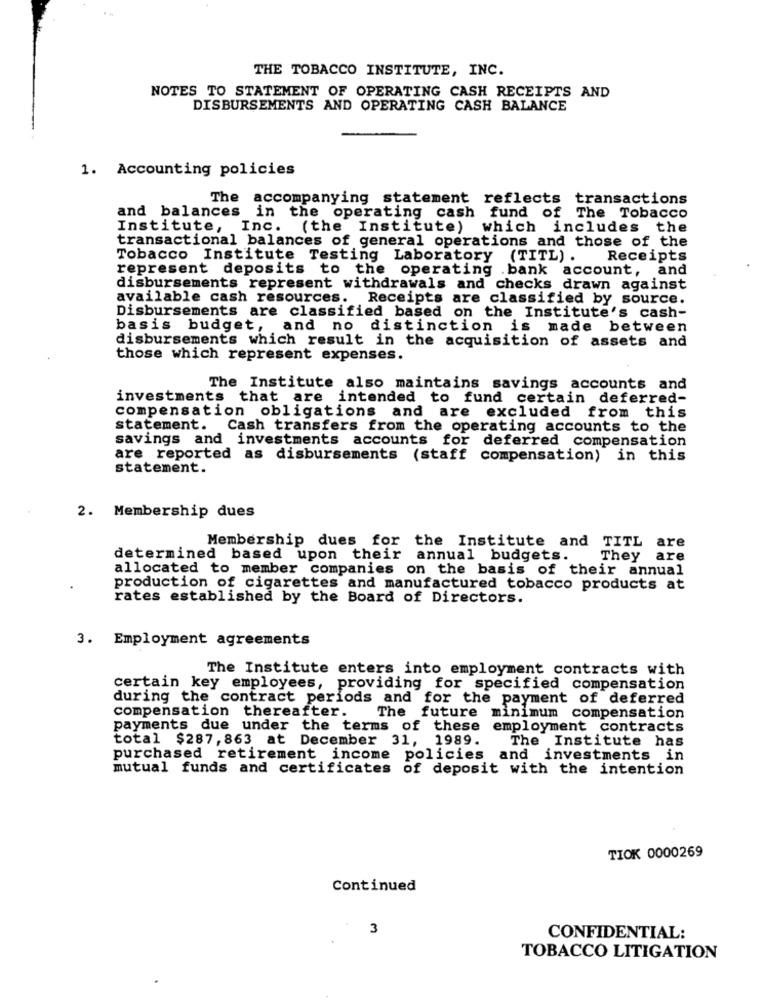
THE TOBACCO INSTITUTE, INC.
NOTES TO STATEMENT OF OPERATING CASH RECEIPTS AND
DISBURSEMENTS AND OPERATING CASH BALANCE
1. Accounting policies
The accompanying statement reflects transactions
and balances in the operating cash fund of The Tobacco
Institute, Inc.
(the Institute) which includes the
transactional balances of general operations and those of the
Tobacco Institute Testing Laboratory (TITL) .
Receipts
represent deposits to the operating .bank account, and
disbursements represent withdrawals and checks drawn against
available cash resources. Receipts are classified by source.
Disbursements are classified based on the Institute's cash-
basis budget, and no distinction is made between
disbursements which result in the acquisition of assets and
those which represent expenses.
The Institute also maintains savings accounts and
investments that are intended to fund certain deferred-
compensation obligations and are excluded from this
statement. Cash transfers from the operating accounts to the
savings and investments accounts for deferred compensation
are reported as disbursements (staff compensation) in this
statement.
2. Membership dues
Membership dues for the Institute and TITL are
determined based upon their annual budgets.
They are
allocated to member companies on the basis of their annual
production of cigarettes and manufactured tobacco products at
rates established by the Board of Directors.
3. Employment agreements
The Institute enters into employment contracts with
certain key employees, providing for specified compensation
during the contract periods and for the payment of deferred
compensation thereafter.
The future minimum compensation
payments due under the terms of these employment contracts
total $287, 863 at December 31, 1989.
The Institute has
purchased retirement income policies and investments in
mutual funds and certificates of deposit with the intention
TIOK 0000269
Continued
3
CONFIDENTIAL:
TOBACCO LITIGATION